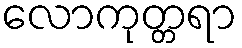
လောကုတ္တရာ